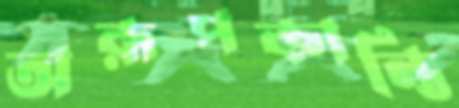
অরূপকান্তি